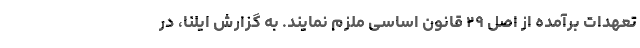
تعهدات برآمده از اصل ۲۹ قانون اساسی ملزم نمایند. به گزارش ایلنا، در